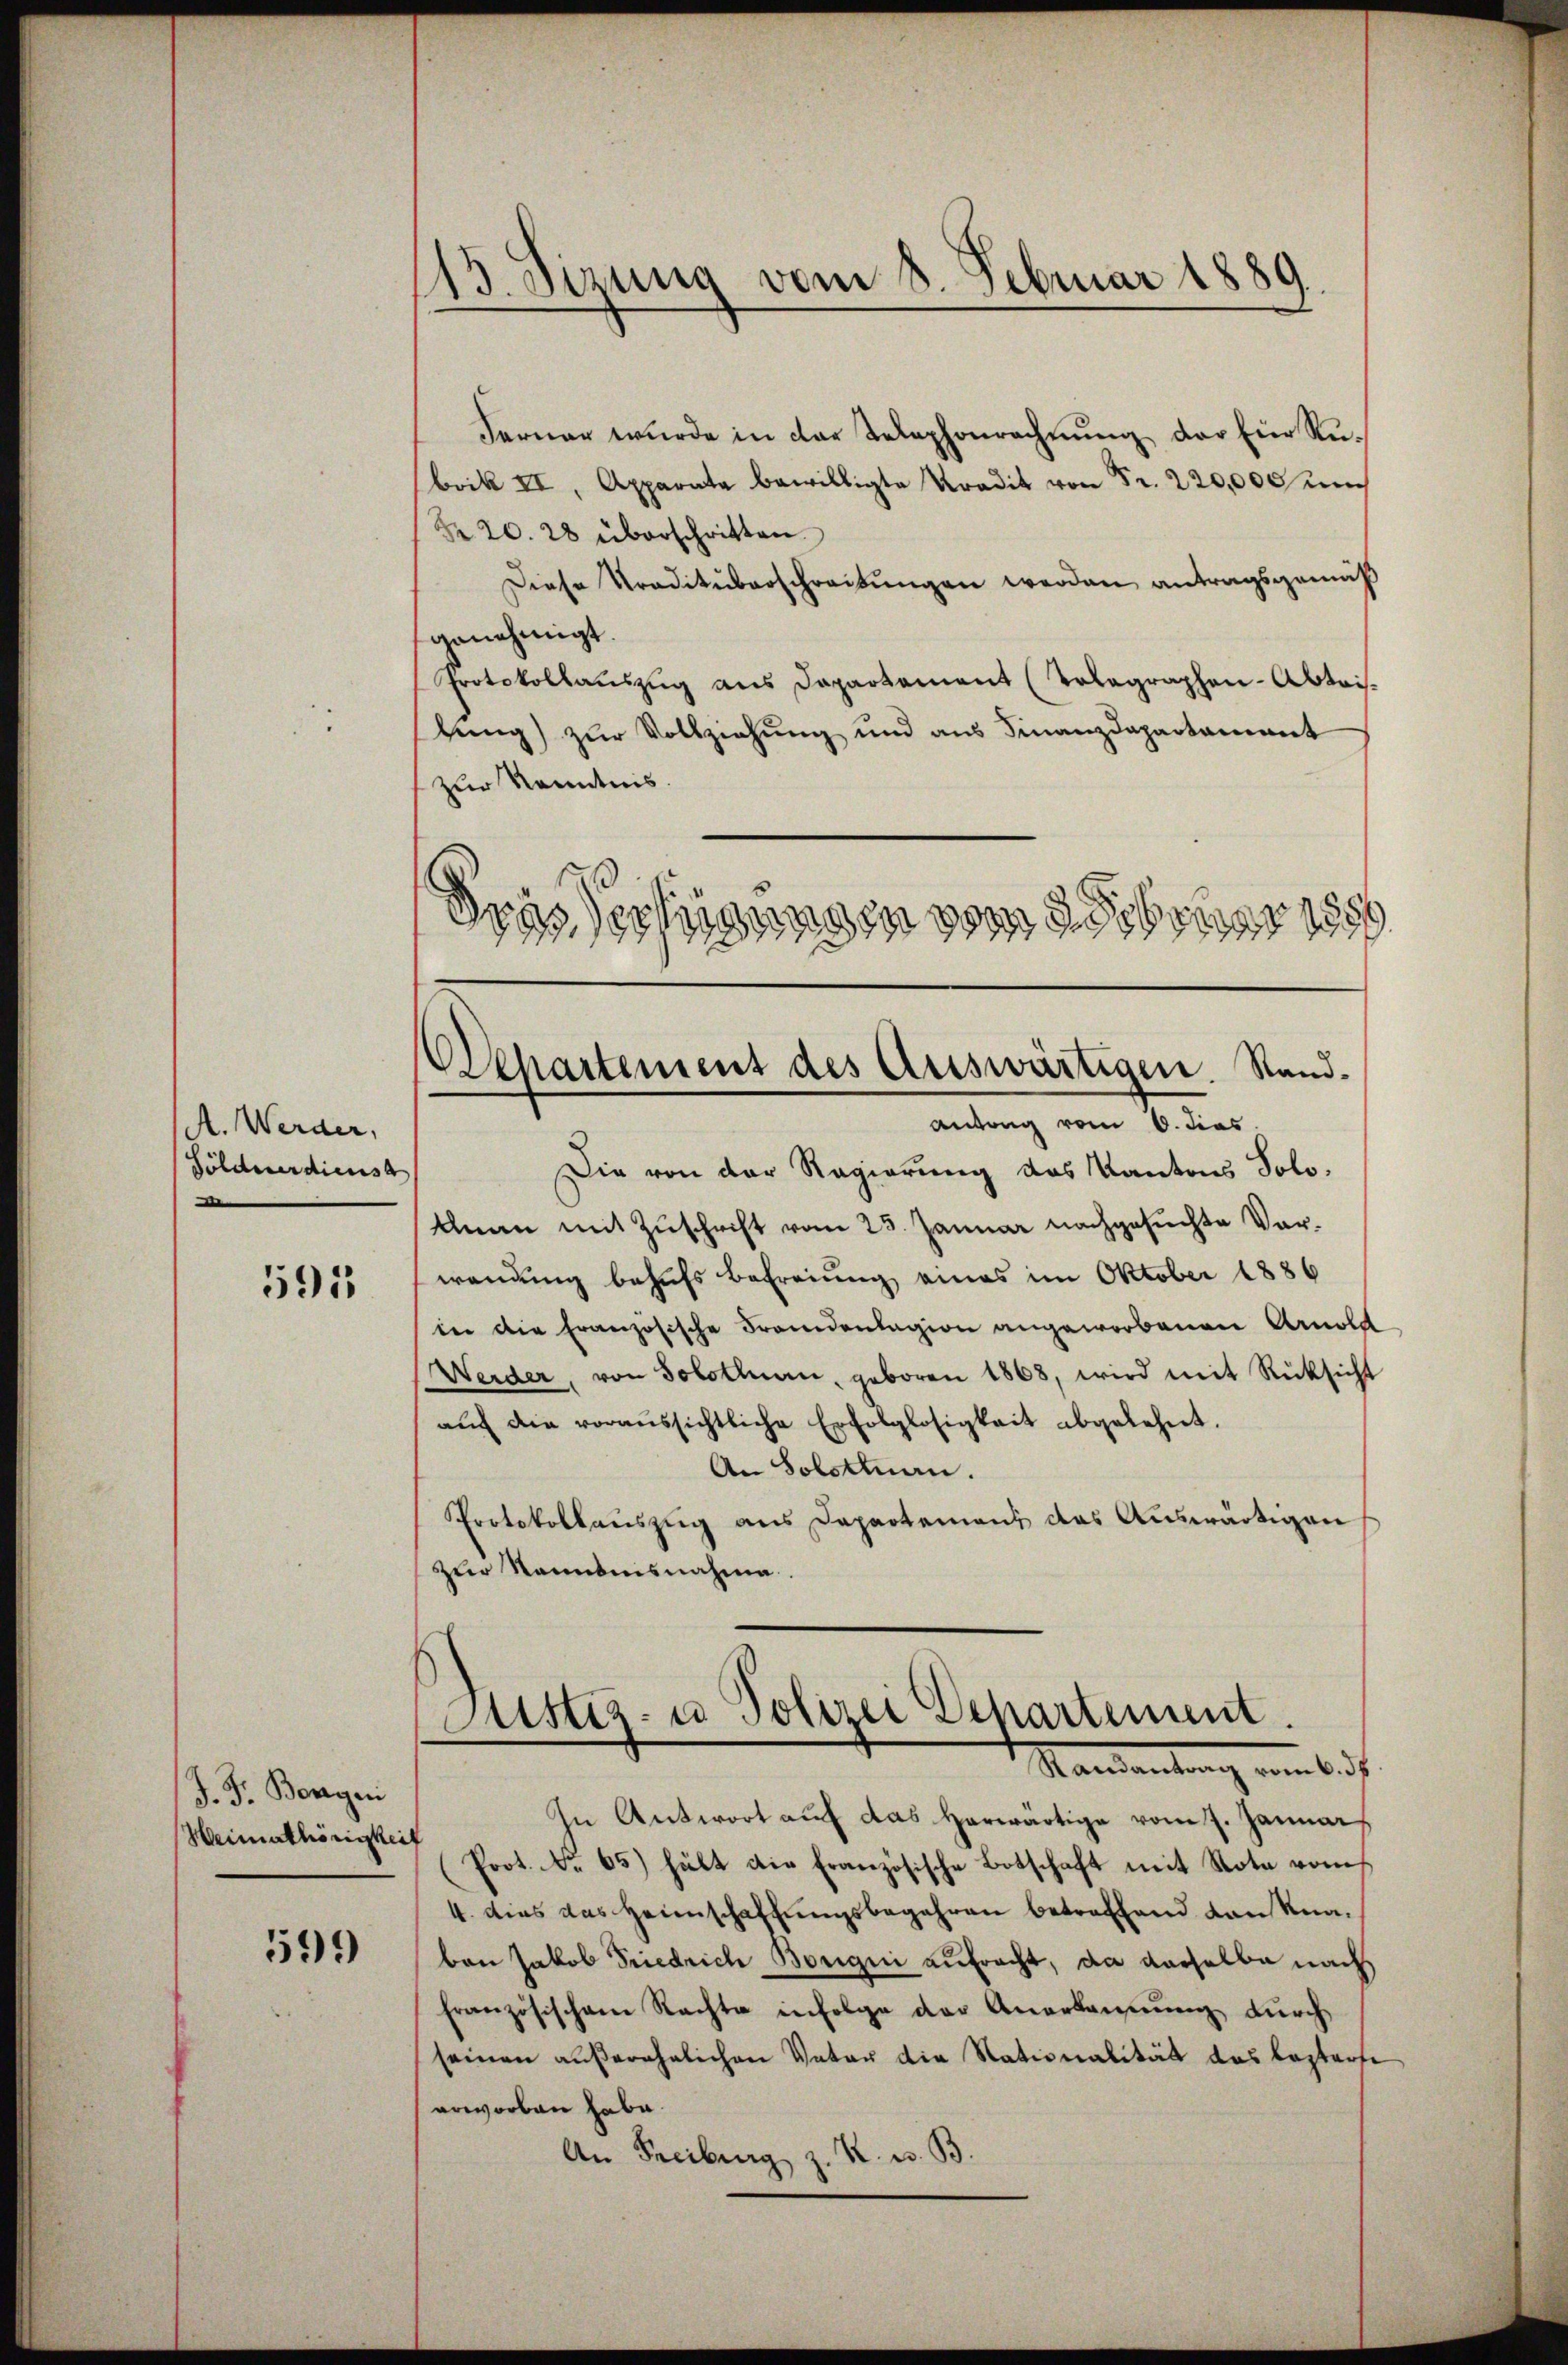
A. Werder,
Söldnerdienst
e

591

J. J. Bergen
Heimathörigkeit

599

115. Sizung vom 8. Februar 1889.

Ferner wurde in der Telephonrechnung der Ein Rebrik II, Apparata bewilligte Kradit von Fr. 220,000
Nr. 20. 28 überschritten.
Diese Traditüberschreibŭngen werden antragsgemäß
genehmigt.
Protokollauszug aus Dapartament (Tolagraphen-Abtris.
bung) zŭr Vollziehung und aus Finanzdepartament
zur Kenntnis.
Grässertigungen vom 28 bruar 1889
Die von der Regierung des Kantons Solo-
Aman mit Zuschrift vom 23. Januar nachgesuchte Vorwendung behufs Befreiung eines im Oktober 1886
in die Französische Fremdenlagion angeworbenen Arnold
Weider, von Solothurn, geboren 1868, wird mit Rücksicht
aŭf die voraŭssichtliche Erfolglosigkeit abgelehnt.
An Solothurn.
Protokollauszug aus Departement das Auswärtigen
zŭr Kenntnisnahme.
Fniz- u Polizei Departement.
Mandantung von bei
In Antwort auf das herwärtige vom 7. Januar
(Prot. No 65) hält die Französische Botschaft mit Nota vom
4. dies das Heimschaffŭngsbegehren betreffend Konknaben Jakob Friedrich Borgni aufracht, da derselbe nach
französischem Rachte infolge der Anerbaŭŭng dŭrch
seinen außerehelichen Vater die Nationalität das besterste
erworben habe.
An Freiburg z. R. u. B.

Departement des Auswärtigen. Sand¬
Antang vom 6. dies